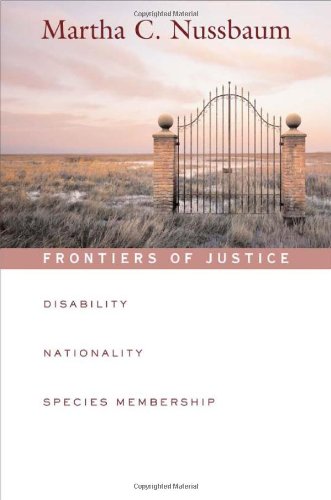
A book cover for Frontiers of Justice: Disability, Nationality, Species Membership (The Tanner Lectures on Human Values); Martha C. Nussbaum; Law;